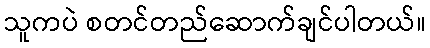
သူကပဲ စတင်တည်ဆောက်ချင်ပါတယ်။